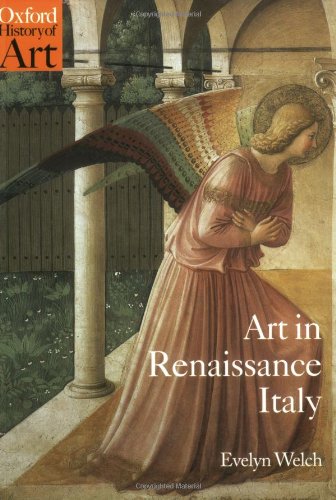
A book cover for Art in Renaissance Italy: 1350-1500 (Oxford History of Art); Evelyn Welch; History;